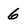
Character: 6